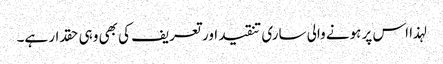
لہذا اس پر ہونے والی ساری تنقید اور تعریف کی بھی وہی حقدار ہے۔